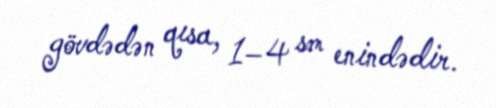
gövdədən qısa, 1–4 sm enindədir.